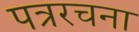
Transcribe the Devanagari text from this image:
पत्ररचना